Reserve and Auxiliary Forces (Consequential Provisions) Order 1939. Military Training (Consequential Provisions) Order 1939, 1939
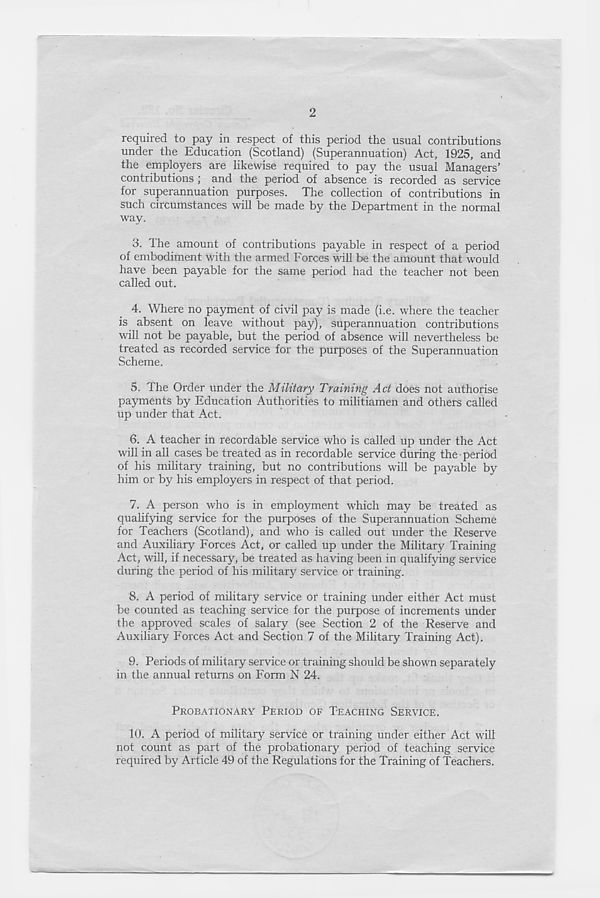
2
required to pay in respect of this period the usual contributions
under the Education (Scotland) (Superannuation) Act, 1925, and
the employers are likewise required to pay the usual Managers’
contributions ; and the period of absence is recorded as service
for superannuation purposes. The collection of contributions in
such circumstances will be made by the Department in the normal
way.
3. The amount of contributions payable in respect of a period
of embodiment with the armed Forces will be the amount that would
have been payable for the same period had the teacher not been
called out.
4. Where no payment of civil pay is made (i.e. where the teacher
is absent on leave without pay), superannuation contributions
will not be payable, but the period of absence will nevertheless be
treated as recorded service for the purposes of the Superannuation
Scheme.
5. The Order under the Military Training Act does not authorise
payments by Education Authorities to militiamen and others called
up under that Act.
6. A teacher in recordable service who is called up under the Act
will in all cases be treated as in recordable service during the period
of his military training, but no contributions will be payable by
him or by his employers in respect of that period.
7. A person who is in employment which may be treated as
qualifying service for the purposes of the Superannuation Scheme
for Teachers (Scotland), and who is called out under the Reserve
and Auxiliary Forces Act, or called up under the Military Training
Act, will, if necessary, be treated as having been in qualifying service
during the period of his military service or training.
8. A period of military service or training under either Act must
be counted as teaching service for the purpose of increments under
the approved scales of salary (see Section 2 of the Reserve and
Auxiliary Forces Act and Section 7 of the Military Training Act).
9. Periods of military service or training should be shown separately
in the annual returns on Form N 24.
PROBATIONARY PERIOD OF TEACHING SERVICE.
10.
A period of military service o
not count as part of the probationary period of teaching service
required by Article 49 of the Regulations for the Training of Teachers.